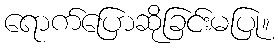
ရောက်ပြောဆိုခြင်းမပြု။